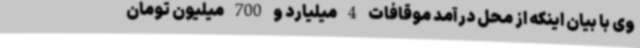
وی با بیان اینکه از محل درآمد موقافات 4 میلیارد و 700 میلیون تومان